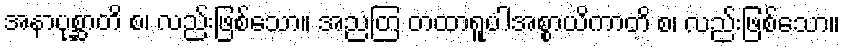
အနာပုစ္ဆာတိ စ၊ လည်းဖြစ်သော။ အညတြ တထာရူပါအစ္စာယိကာတိ စ၊ လည်းဖြစ်သော။